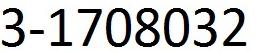
3-1708032